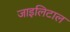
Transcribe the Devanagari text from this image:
जाइलिटाल